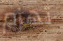
تهزم